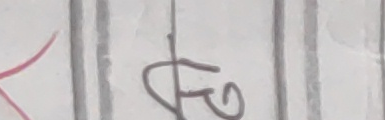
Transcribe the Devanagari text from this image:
छि